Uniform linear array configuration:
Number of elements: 64
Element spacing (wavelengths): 0.5
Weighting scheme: binomial
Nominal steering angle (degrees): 45
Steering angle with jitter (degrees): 44.06
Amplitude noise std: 0.05
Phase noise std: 0.05

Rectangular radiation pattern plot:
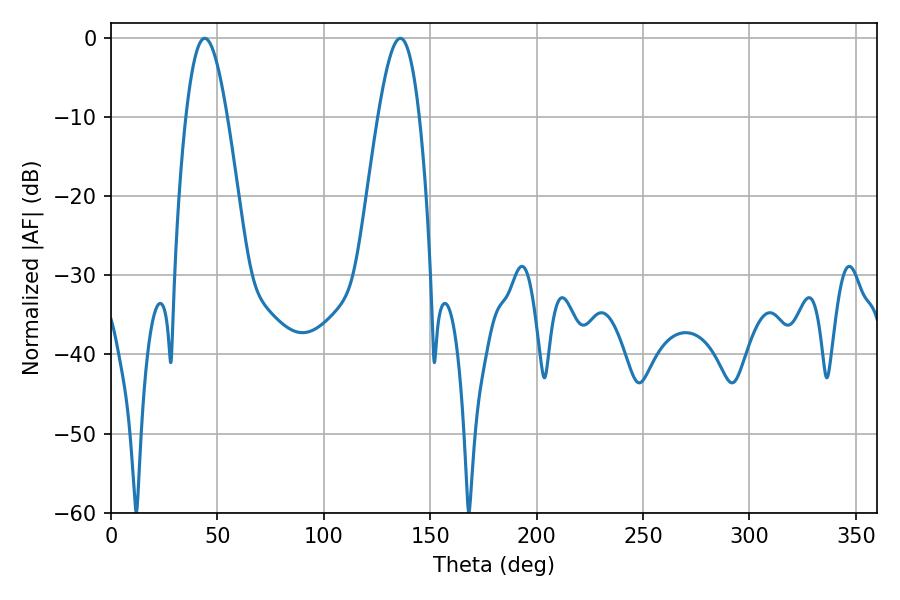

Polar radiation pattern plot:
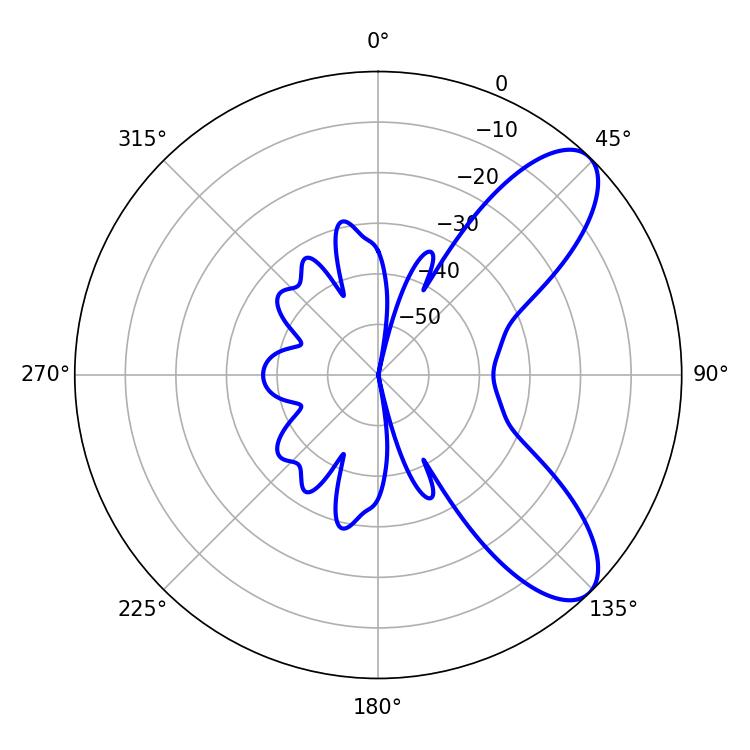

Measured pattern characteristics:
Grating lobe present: FALSE
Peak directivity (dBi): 8.565
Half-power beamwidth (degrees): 10.44
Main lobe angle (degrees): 135.9